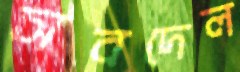
সবদেল